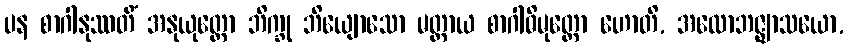
ပန စာဂါနုဿတိံ အနုယုတ္တော ဘိက္ခု ဘိယျောသော မတ္တာယ စာဂါဓိမုတ္တော ဟောတိ, အလောဘဇ္ဈာသယော,